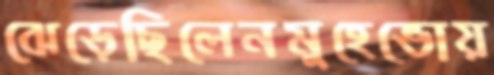
ঝেড়েছিলেনমুহেভোয়